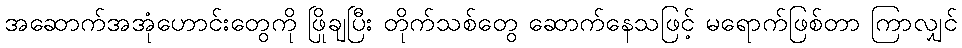
အဆောက်အအုံဟောင်းတွေကို ဖြိုချပြီး တိုက်သစ်တွေ ဆောက်နေသဖြင့် မရောက်ဖြစ်တာ ကြာလျှင်